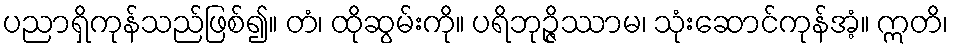
ပညာရှိကုန်သည်ဖြစ်၍။ တံ၊ ထိုဆွမ်းကို။ ပရိဘုဉ္ဇိဿာမ၊ သုံးဆောင်ကုန်အံ့။ ဣတိ၊